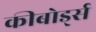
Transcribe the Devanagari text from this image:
कीबोर्ड्स